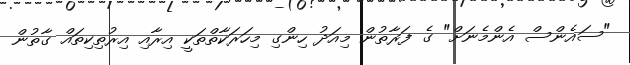
"ސައެންސް އެންމެނަށް" ގެ ފަރާތުން މިއަދު ހިންގި މިހަރަކާތްތަކީ އިރާއި އިރުތިކިތައް ގާތުން